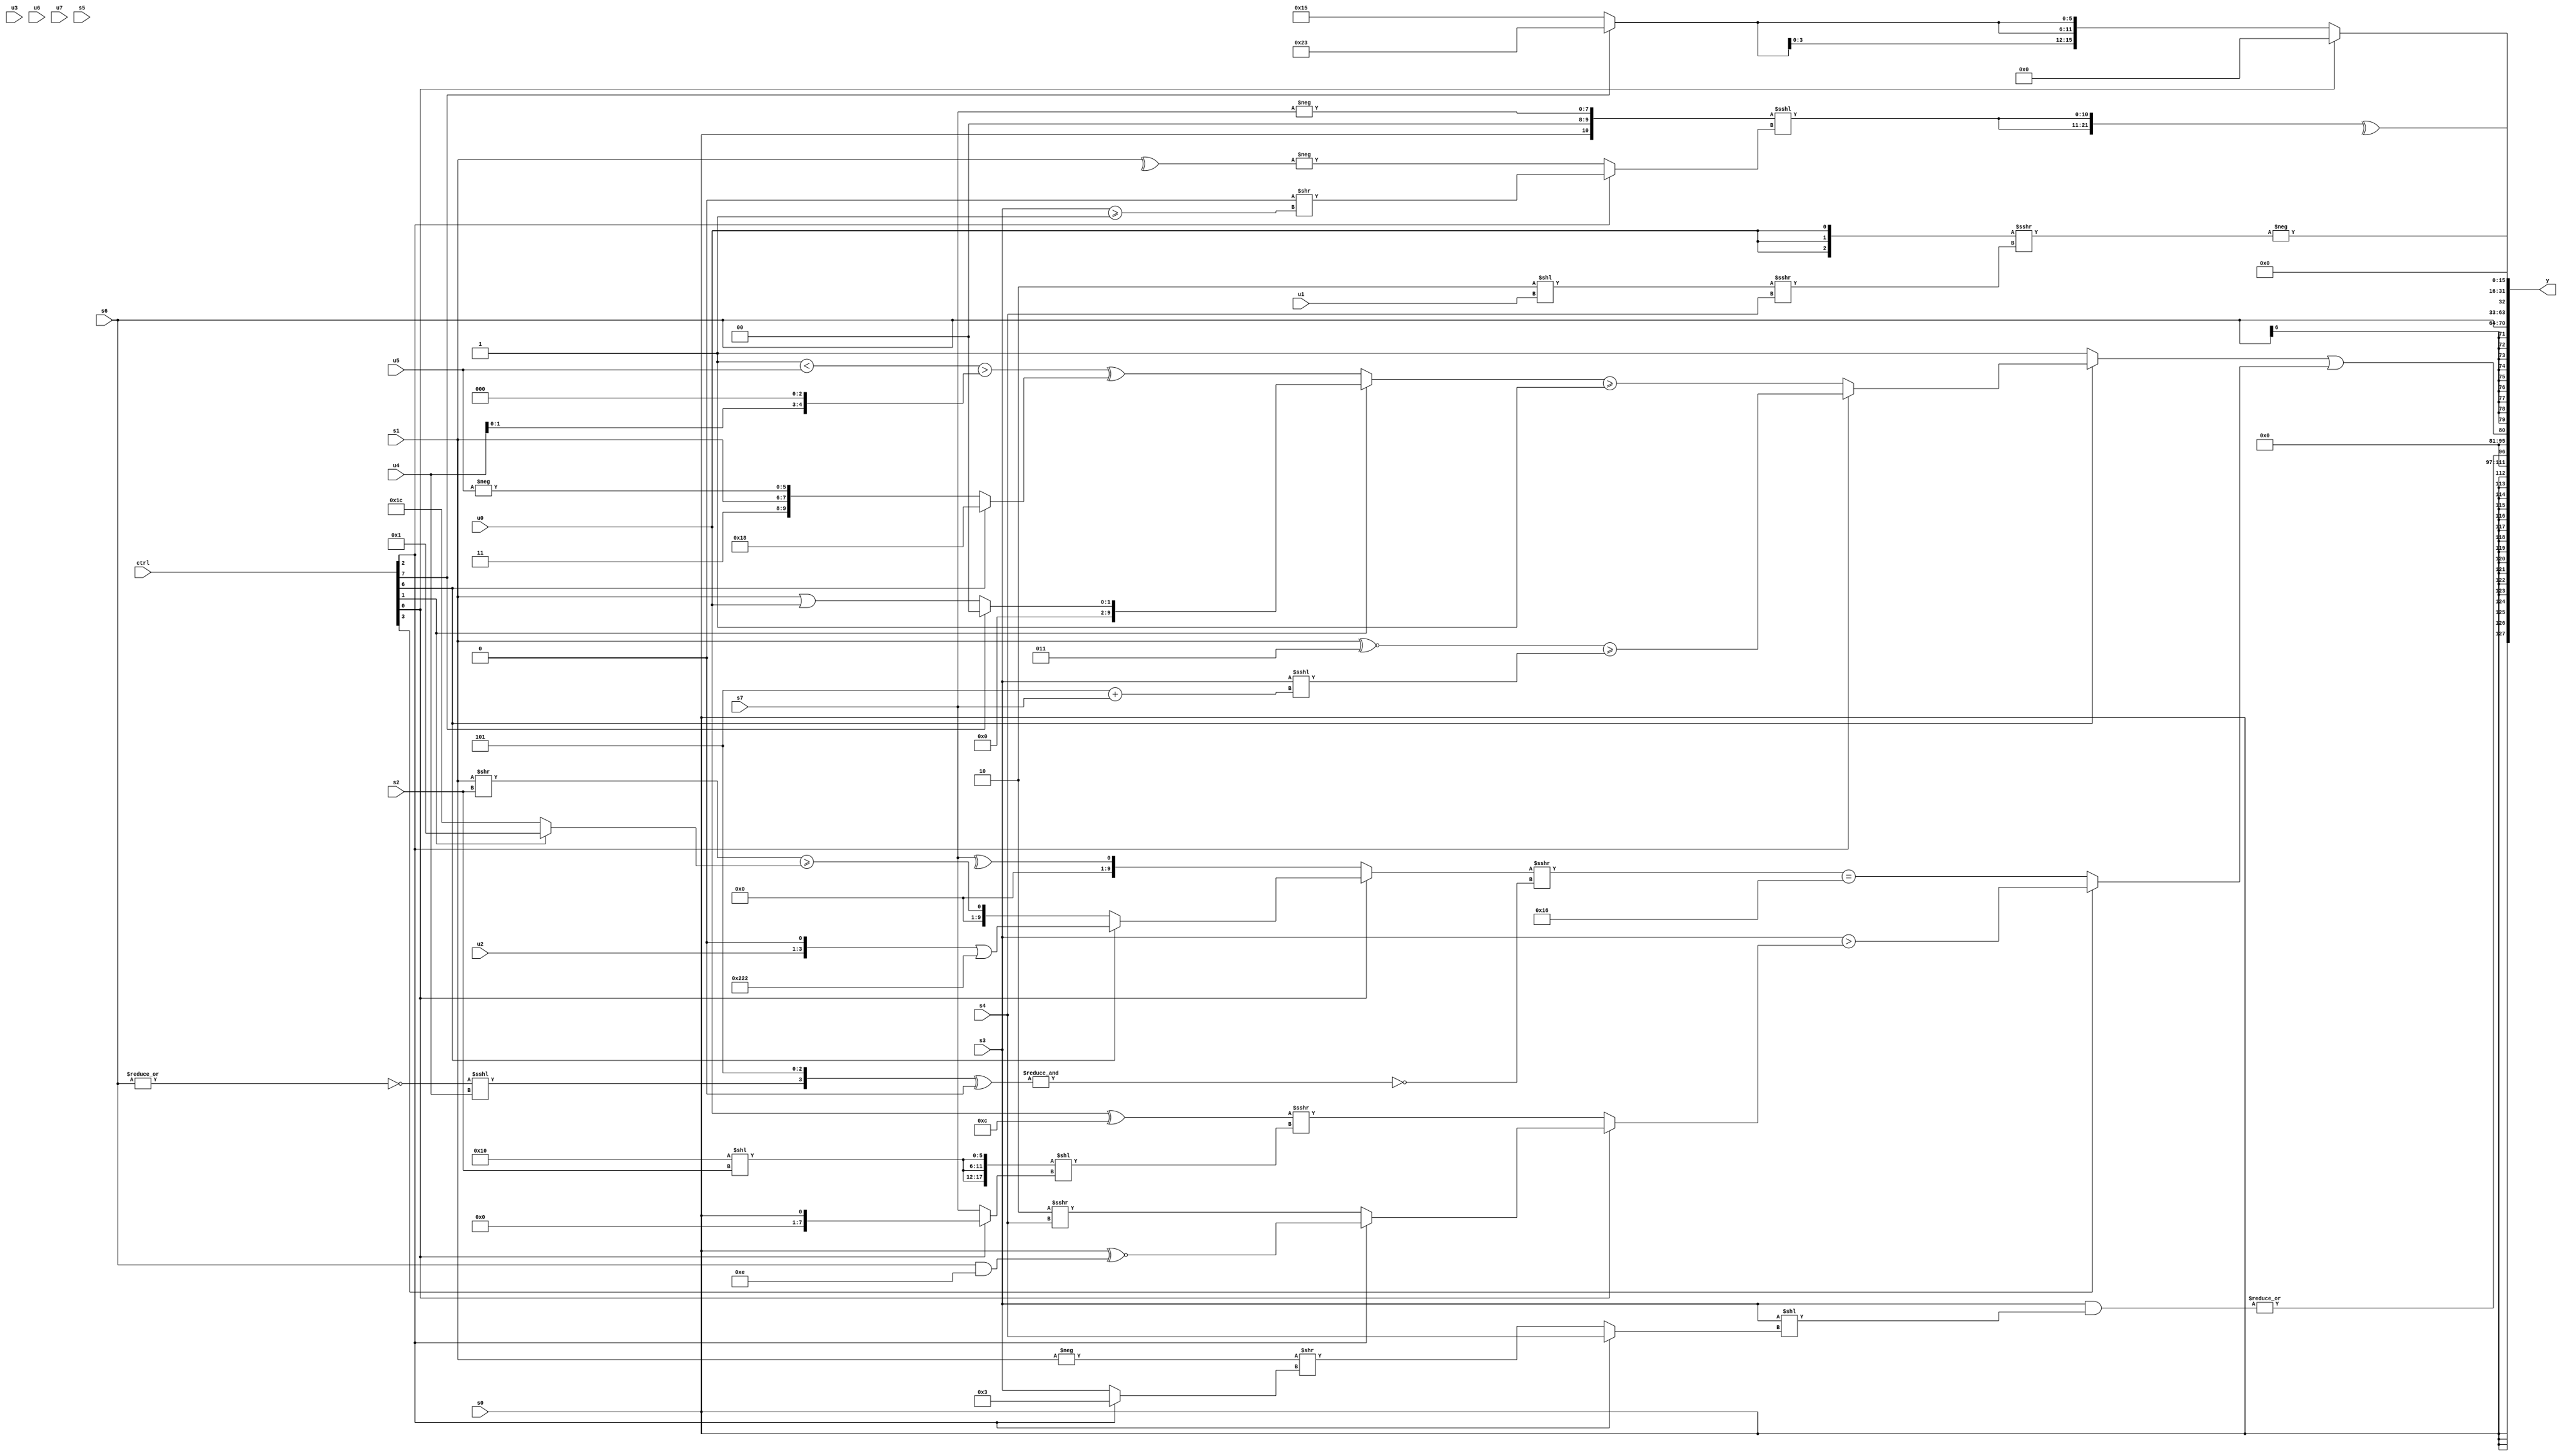
module wideexpr_00926(ctrl, u0, u1, u2, u3, u4, u5, u6, u7, s0, s1, s2, s3, s4, s5, s6, s7, y);
  input [7:0] ctrl;
  input [0:0] u0;
  input [1:0] u1;
  input [2:0] u2;
  input [3:0] u3;
  input [4:0] u4;
  input [5:0] u5;
  input [6:0] u6;
  input [7:0] u7;
  input signed [0:0] s0;
  input signed [1:0] s1;
  input signed [2:0] s2;
  input signed [3:0] s3;
  input signed [4:0] s4;
  input signed [5:0] s5;
  input signed [6:0] s6;
  input signed [7:0] s7;
  output [127:0] y;
  wire [15:0] y0;
  wire [15:0] y1;
  wire [15:0] y2;
  wire [15:0] y3;
  wire [15:0] y4;
  wire [15:0] y5;
  wire [15:0] y6;
  wire [15:0] y7;
  assign y = {y0,y1,y2,y3,y4,y5,y6,y7};
  assign y0 = s0;
  assign y1 = |((s3)&((s3)<<((ctrl[2]?s4:(-(s1))>>((ctrl[2]?4'sb0011:s3))))));
  assign y2 = ((ctrl[6]?(ctrl[2]?((s1)^~(3'sb011))>=(+(((+(s3))>>(1'sb0))<<<(($signed(3'b101))+($signed(s7))))):((ctrl[1]?(ctrl[7]?($signed($signed(s2)))<<<(~((5'sb01100)-(4'sb0001))):{1{$signed((s1)|(u0))}}):((1'b0)^(((1'sb1)<(u5))>((u4)<<(2'b11))))^((ctrl[6]?6'b011000:{3'sb011,s1,-(u5)}))))>=(({(~&((u4)^(s0)))>>>((1'sb1)|((ctrl[2]?s2:s3))),s0})!=(6'b100000))):$signed(!(+((ctrl[3]?+(1'sb0):1'sb0))))))|((ctrl[3]?(s3)>((ctrl[0]?+((ctrl[2]?(s0)^~((s6)&((5'sb10110)^(5'sb11000))):(2'sb10)>>>(s4))):(($signed($signed({4{u0}})))^((5'sb01111)-(3'sb011)))>>>(({3{(6'sb010000)<<((s2)>>(2'b00))}})<<((ctrl[0]?{1{$signed(s0)}}:s7))))):(((ctrl[0]?$signed((ctrl[6]?((u2)<<(1'sb1))|({3{4'sb0010}}):((s1)>>(s2))>=((ctrl[1]?5'sb00001:3'sb100)))):^($signed(s7))))>>>(~&(({(~|(s6))<<<(u4),$signed($signed(1'sb1)),2'b01})^(~|(-($unsigned(3'b010)))))))==($signed($signed(5'sb10110)))));
  assign y3 = s6;
  assign y4 = 3'sb000;
  assign y5 = ^($signed($unsigned({2{({1{{s0,-(2'sb00),-(s7)}}})<<<((ctrl[2]?((2'sb11)<<<(2'sb10))>>((s3)>=(1'sb1)):-(^(s1))))}})));
  assign y6 = (ctrl[0]?!($signed(6'sb010110)):{4{(ctrl[7]?6'sb100011:6'sb010101)}});
  assign y7 = +(-(({3{u0}})>>>(($signed(($unsigned($signed(2'sb10)))<<($signed(u1))))>>>(s4))));
endmodule